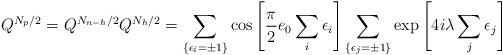
LaTeX: \begin{align*}Q^{N_p/2}=Q^{N_{n-h}/2}Q^{N_h/2}=\sum_{\{\epsilon_i=\pm1\}}\cos\left[\frac{\pi}{2}e_0\sum_{i}\epsilon_i\right]\sum_{\{\epsilon_j=\pm1\}}\exp\left[4i\lambda\sum_j \epsilon_j\right]\end{align*}